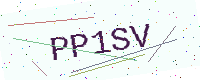
Text: PP1SV